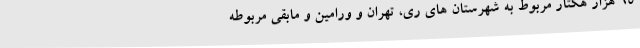
65 هزار هکتار مربوط به شهرستان های ری، تهران و ورامین و مابقی مربوطه